Trukikaitis_Postimees, lk 82
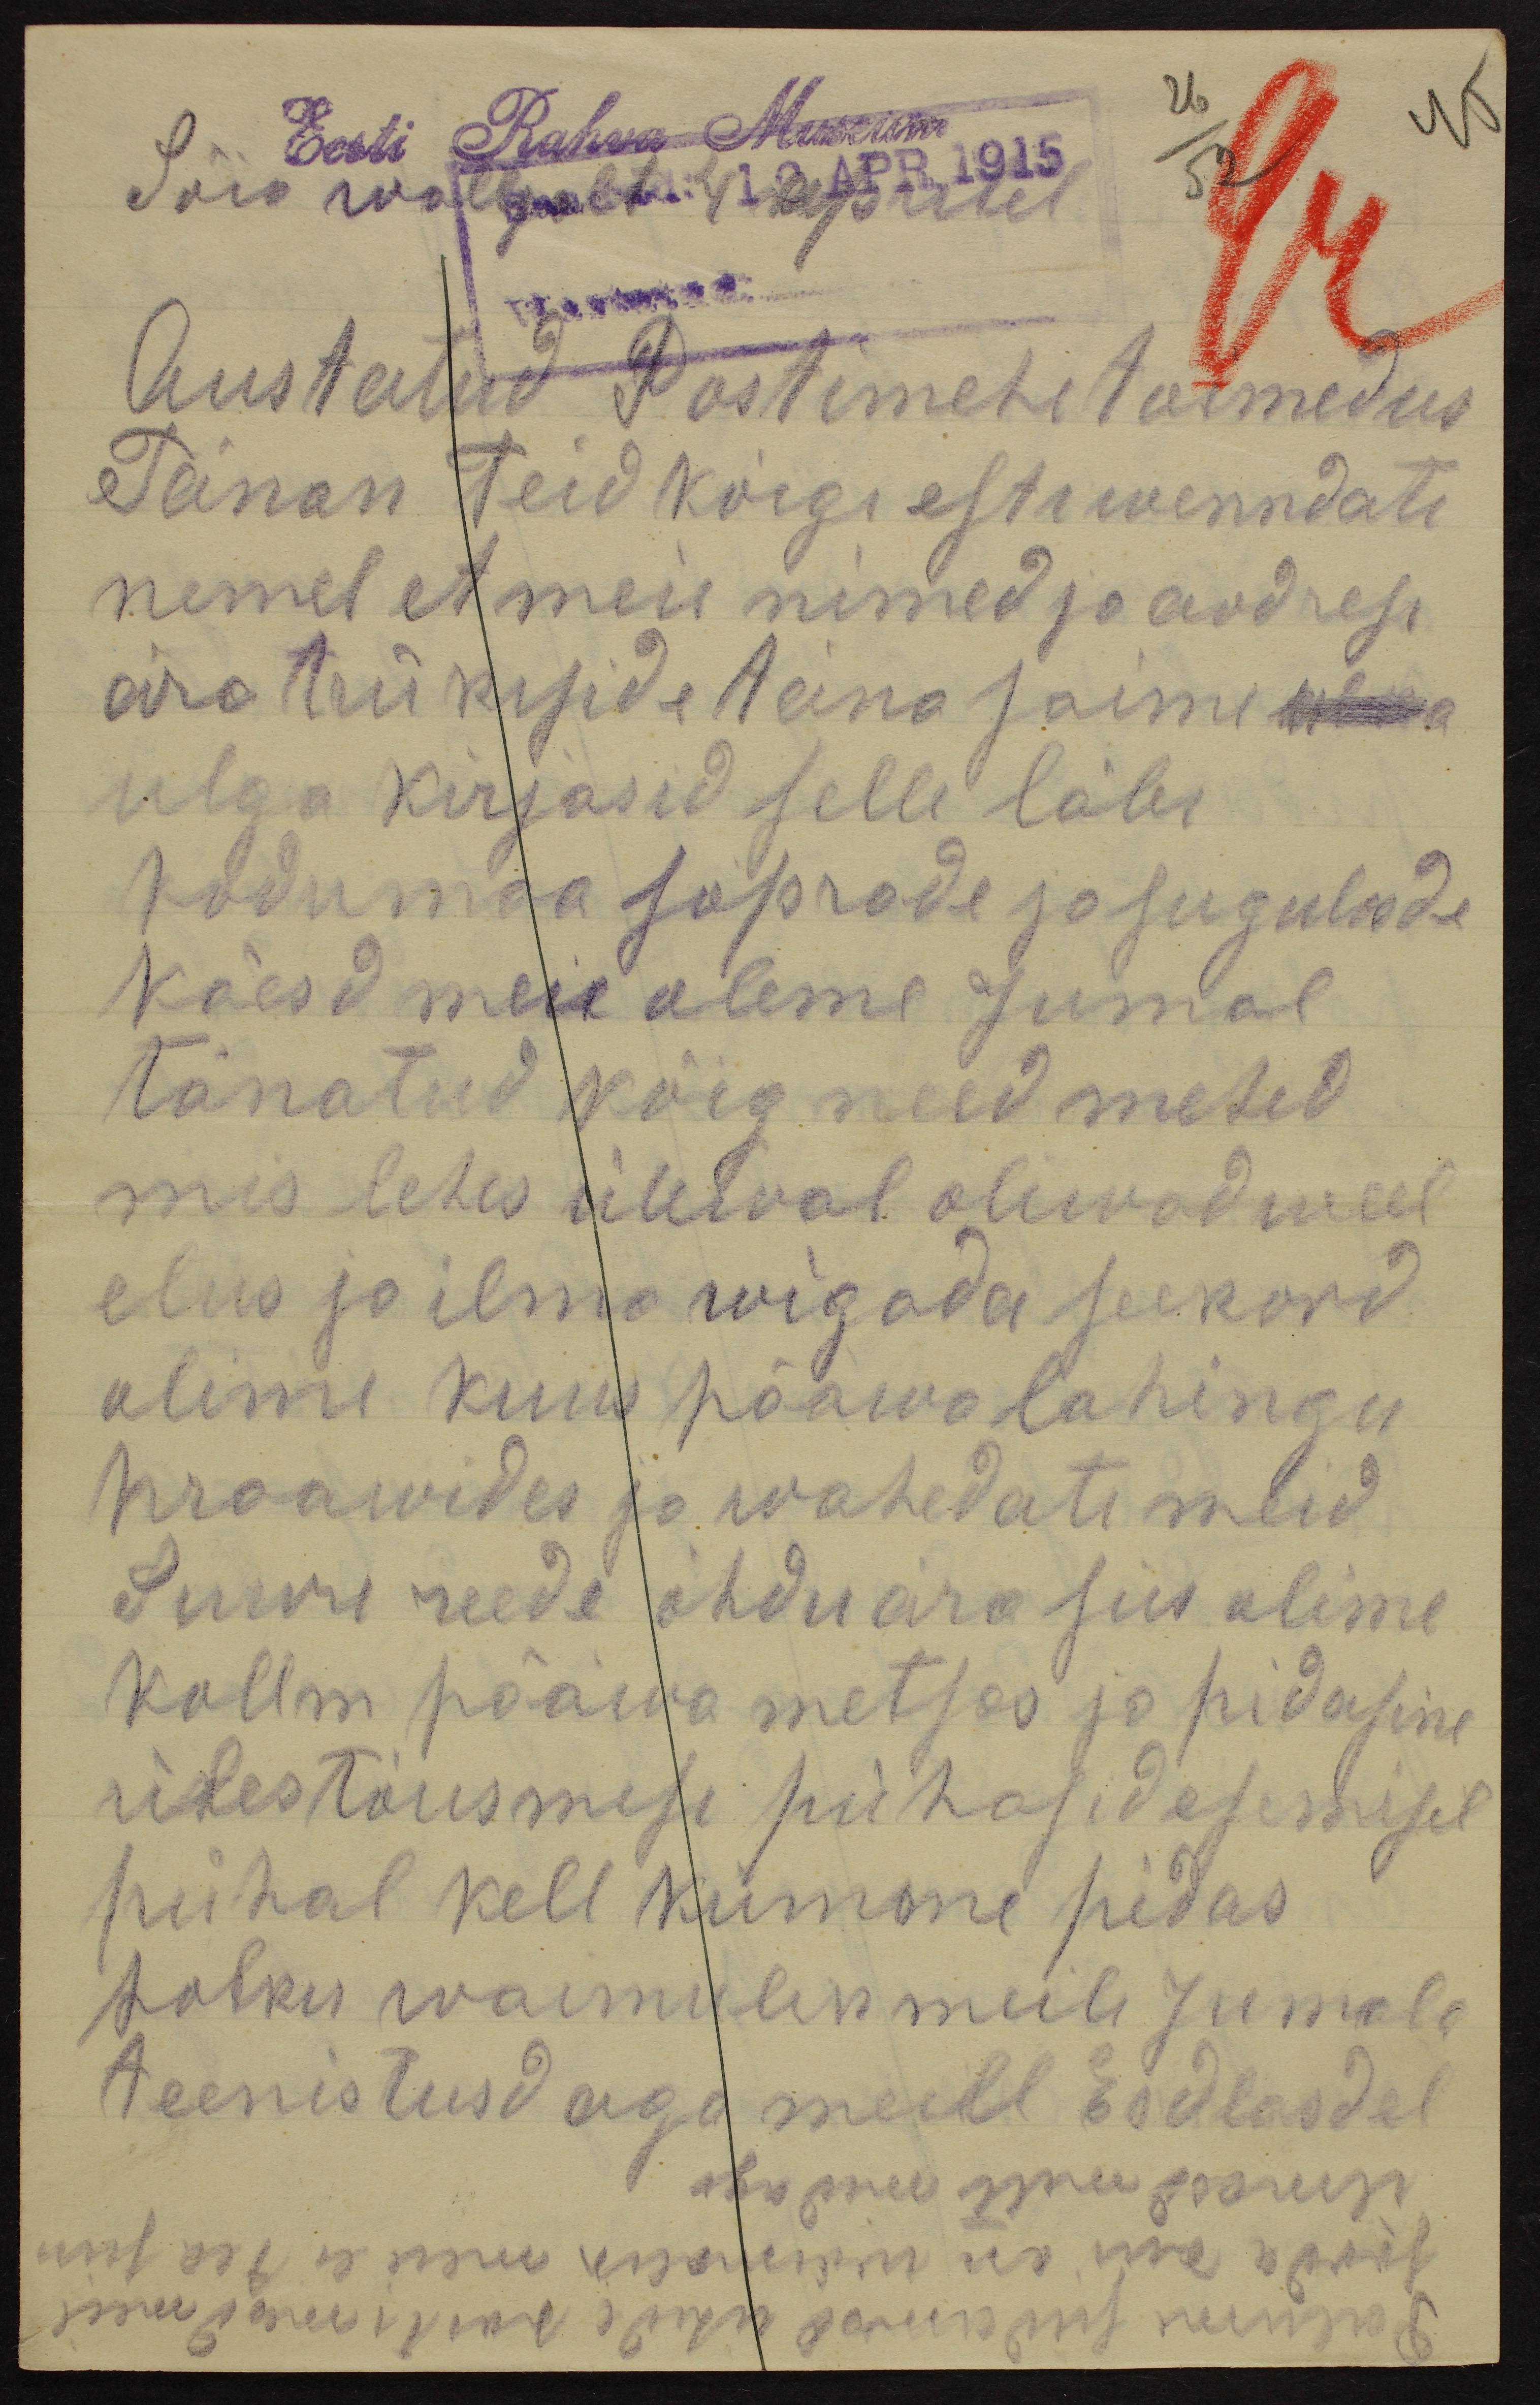
Eesti Rahva Museum
26
45
Sõia walljalt 4 aprilil
52
Wastatud:
Austatud Postimehe toimedus
Tänan teid kõigi esti wenndate
nemel et meie nimed ja aadress
ära trükiside täna saime ulka
ulga kirjasid selle läbi
kodumaa sõprade ja sugulasde
käesd meie oleme Jumal
tänatud kõig need mehed
mis lehes ülewal oliwad weel
elus ja ilma wigada seekord
olime kuus pääwa lahingu
kraawides ja wahedati meid
Suure reede õhdu ära siis olime
kollm pääwa metsas ja pidasine
ülestõusmise pühasid esemisel
pühal kell kümme pidas
polku waimulik meile Jumala
teenistusd aga meill Esdlasdel
ilmasd mitte midagi
saada kui on woimalik meie ei tea siin
Palume sudamesd ühede postimesd meil